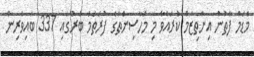
މެޑަމް ފާތުން އިންތިޒާމް ކުރައްވާ މި މަހާސިންތާގެ ފުރަތަމަ ބުރުގައި 337 ބައިވެރިން